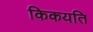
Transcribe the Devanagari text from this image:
किकयति